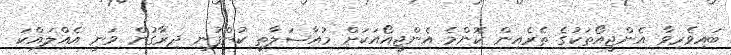
ބައިވެރިވާ އެންޖީއޯތަކުގެ ތެރެއިން ކޮންމެ އެންޖީއޯއަކަށް މުއާސަލާތީ ކުންފުނި ދިރާގުން ވަނީ އެއްލައްކަ